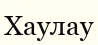
Хаулау